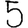
Digit: 5